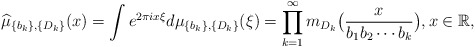
\begin{align*}\widehat{\mu}_{\{b_{k}\},\{D_{k}\}}(x)=\int e^{2\pi i x \xi }d\mu_{\{b_{k}\},\{D_{k}\}}(\xi)=\prod\limits_{k=1}^{\infty}m_{D_{k}}\big(\frac{x}{b_1b_2\cdots b_k}\big) ,x \in\mathbb{R},\end{align*}